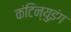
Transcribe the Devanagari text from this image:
कंटिन्युइंग